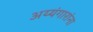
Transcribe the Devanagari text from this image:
अय्यंगारांना